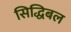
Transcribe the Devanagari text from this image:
सिद्धिबल